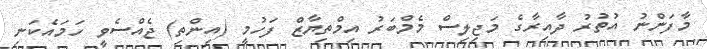
މާފަންނު އުތުރު ދާއިރާގެ މަޖިލިސް މެމްބަރު އިމްތިޔާޒް ފަހުމީ (އިންތި) ޖެއްސެވީ ހަމައެކަނި